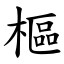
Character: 樞